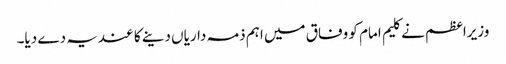
وزیراعظم نے کلیم امام کو وفاق میں اہم ذمہ داریاں دینے کا عندیہ دے دیا۔